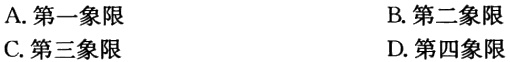
A. 第一象限

B. 第二象限

C. 第三象限

D. 第四象限